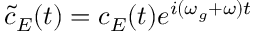
\tilde { c } _ { E } ( t ) = c _ { E } ( t ) e ^ { i ( \omega _ { g } + \omega ) t }